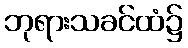
ဘုရားသခင်ထံ၌